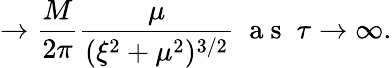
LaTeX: \to\frac{M}{2\pi}\frac{\mu}{(\xi^{2}+\mu^{2})^{3/2}}\; \mathrm{~a~s~}\; \tau\to\infty.